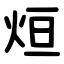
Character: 烜